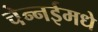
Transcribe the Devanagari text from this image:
चेन्नईमधे